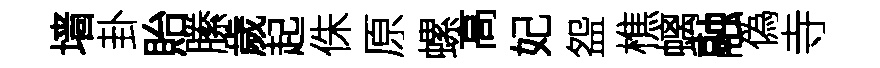
墙卦貽縢歲起侏原螺高妃盌樵螭融偽寺